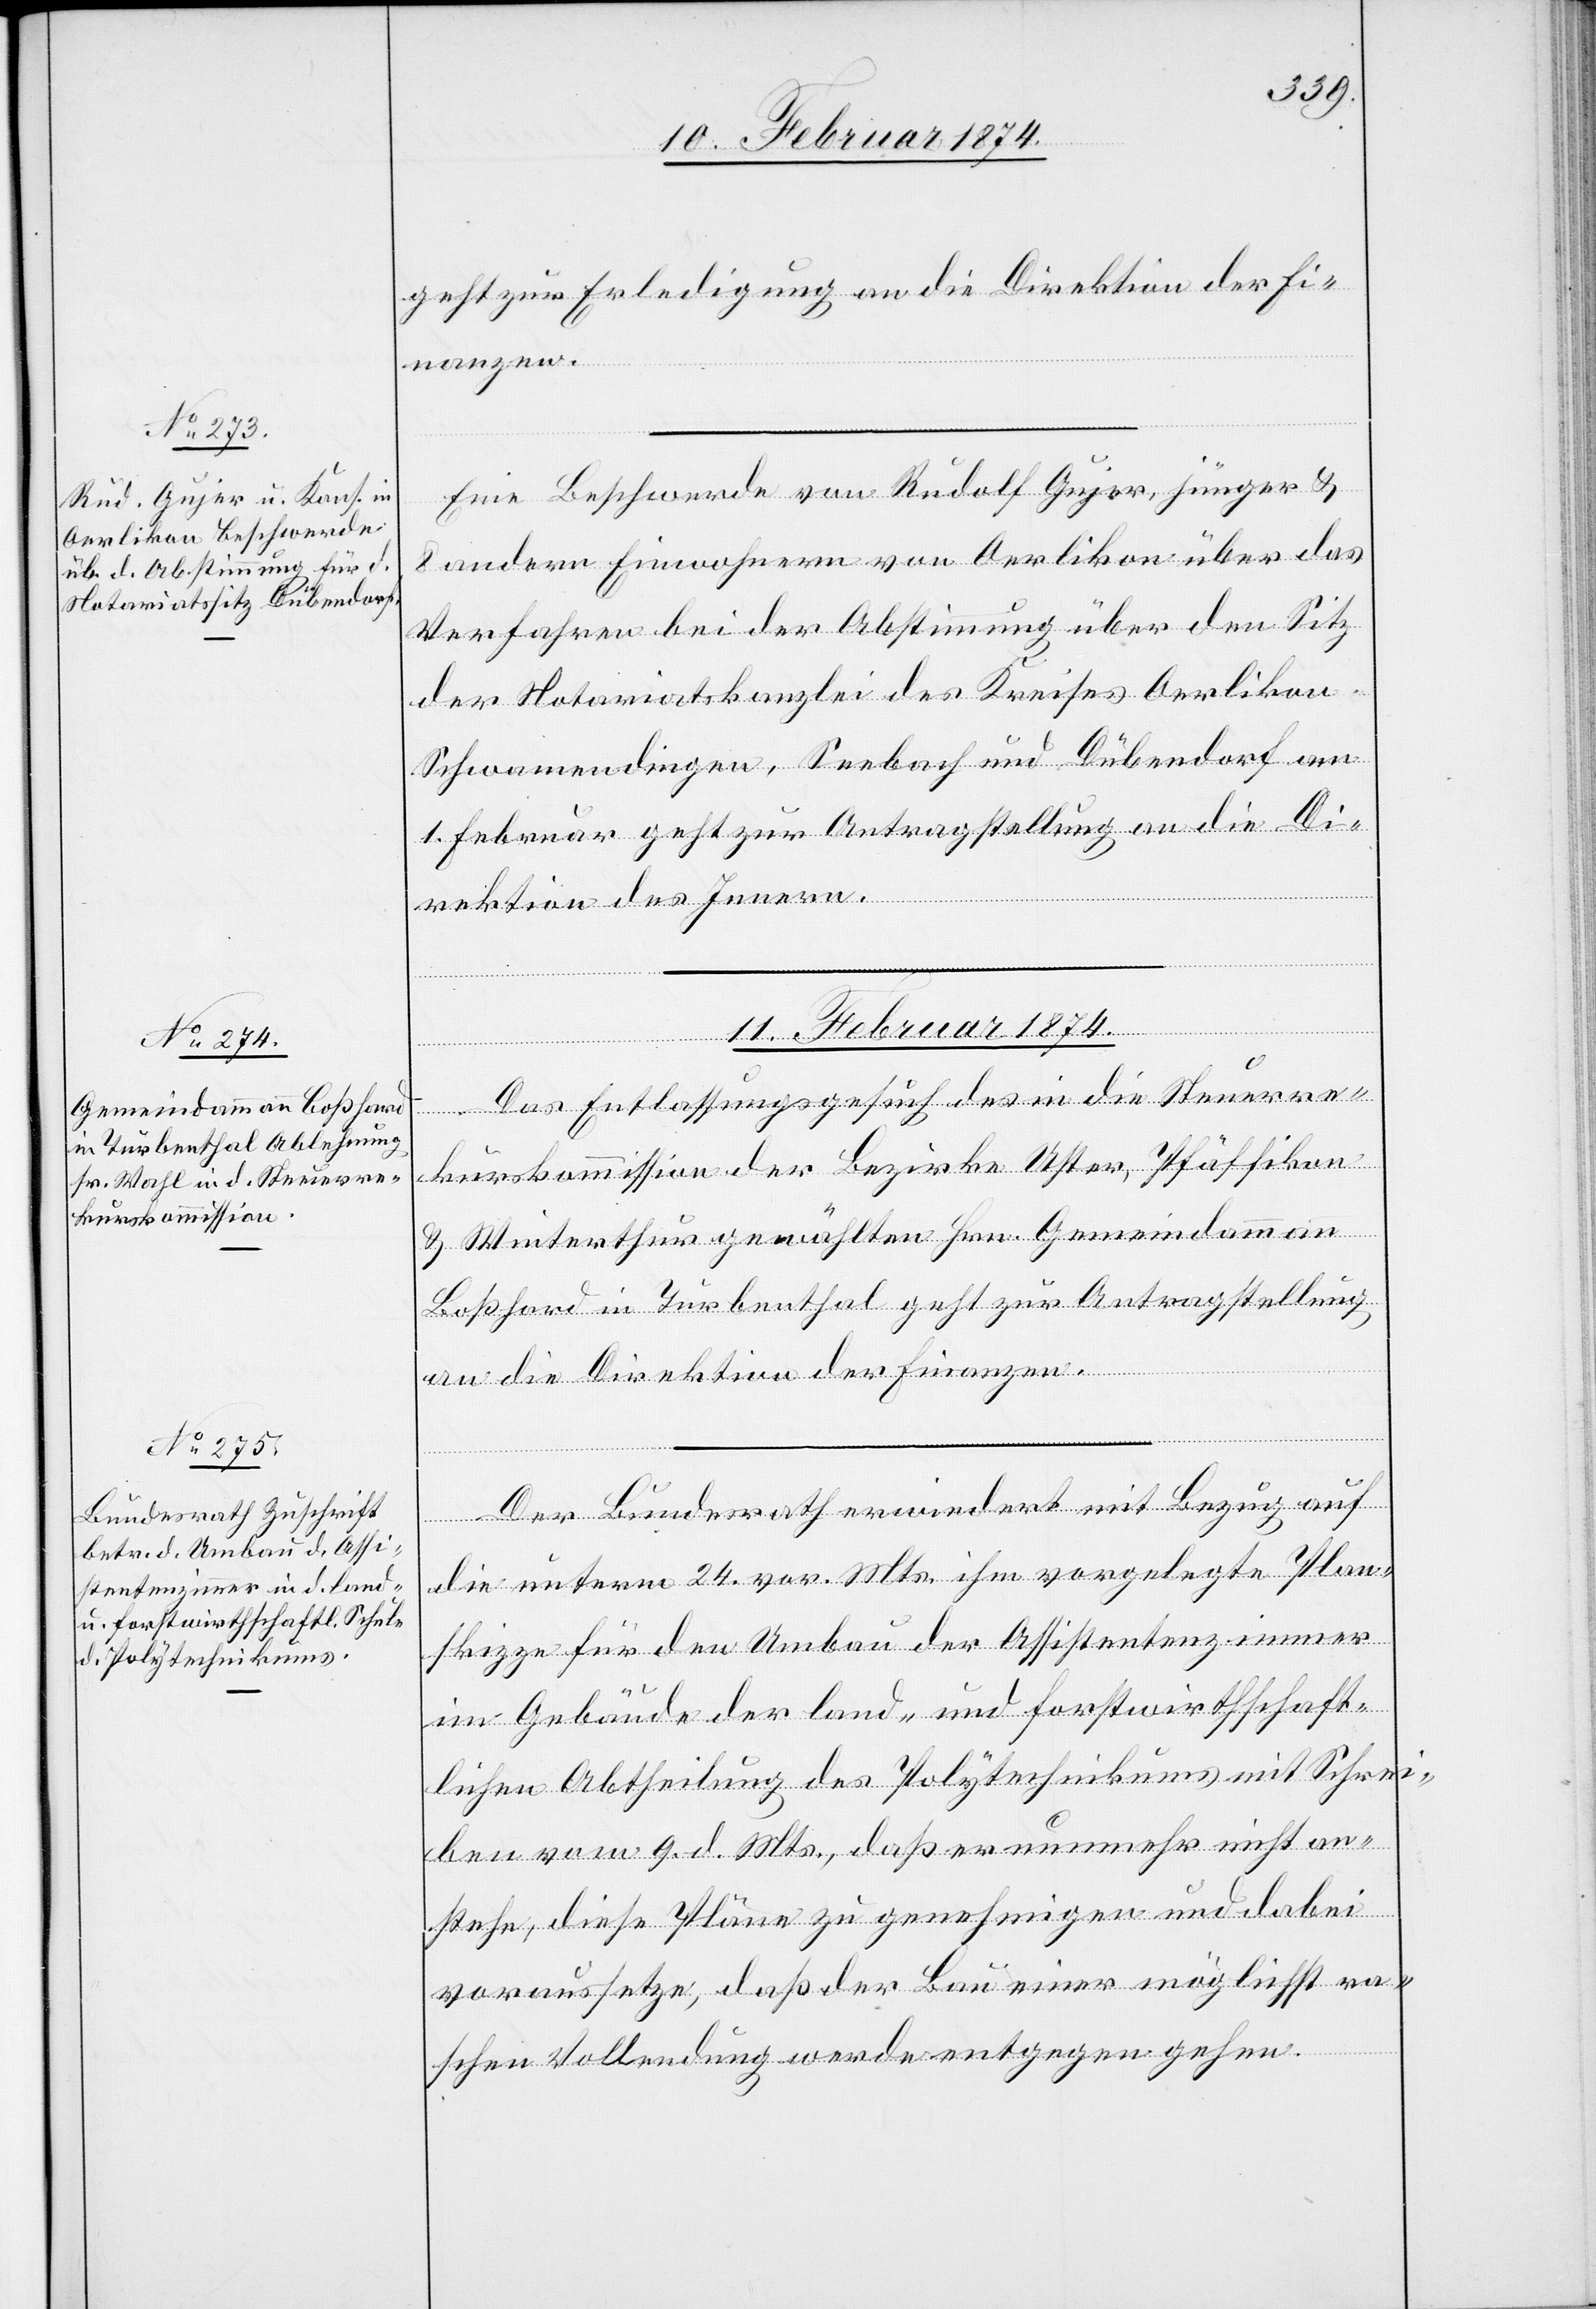
10. Februar 1874.]
geht zur Erledigung an die Direktion der Fi¬
nanzen.
Eine Beschwerde von Rudolf Gujer, jünger u.
8 andern Einwohnern von Oerlikon über das
Verfahren bei der Abstimmung über den Sitz
der Notariatskanzlei des Kreises Oerlikon[,]
Schwamendingen, Seebach und Dübendorf am
1. Februar geht zur Antragstellung an die Di¬
rektion des Innern.
11. Februar 1874.]
Das Entlassungsgesuch des in die Steuerre¬
kurskommission der Bezirke Uster, Pfäffikon
u. Winterthur gewählten Hrn. Gemeindammann
Boßhard in Turbenthal geht zur Antragstellung
an die Direktion der Finanzen.
Der Bundesrath erwiedert mit Bezug auf
die unterm 24. vor. Mts. ihm vorgelegte Plan¬
skizze für den Umbau der Assistentenzimmer
im Gebäude der land- und forstwirthschaft¬
lichen Abtheilung des Polytechnikums mit Schrei¬
ben vom 9. d. Mts., daß er nunmehr nicht an¬
stehe, diese Pläne zu genehmigen und dabei
voraussetze, daß der Bau einer möglichst ra¬
schen Vollendung werde entgegen gehen.